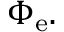
\Phi _ { \mathrm { e } } .